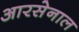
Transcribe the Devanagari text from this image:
आरसेनाल